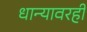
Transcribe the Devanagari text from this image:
धान्यावरही